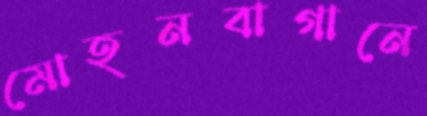
মোহনবাগানে